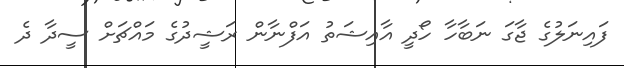
ފައިނަލުގެ ޖާގަ ނަބާހާ ހޯދީ އާއިޝަތު އަފްނާން ރަޝީދުގެ މައްޗަށް ސީދާ ދެ